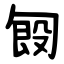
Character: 匓